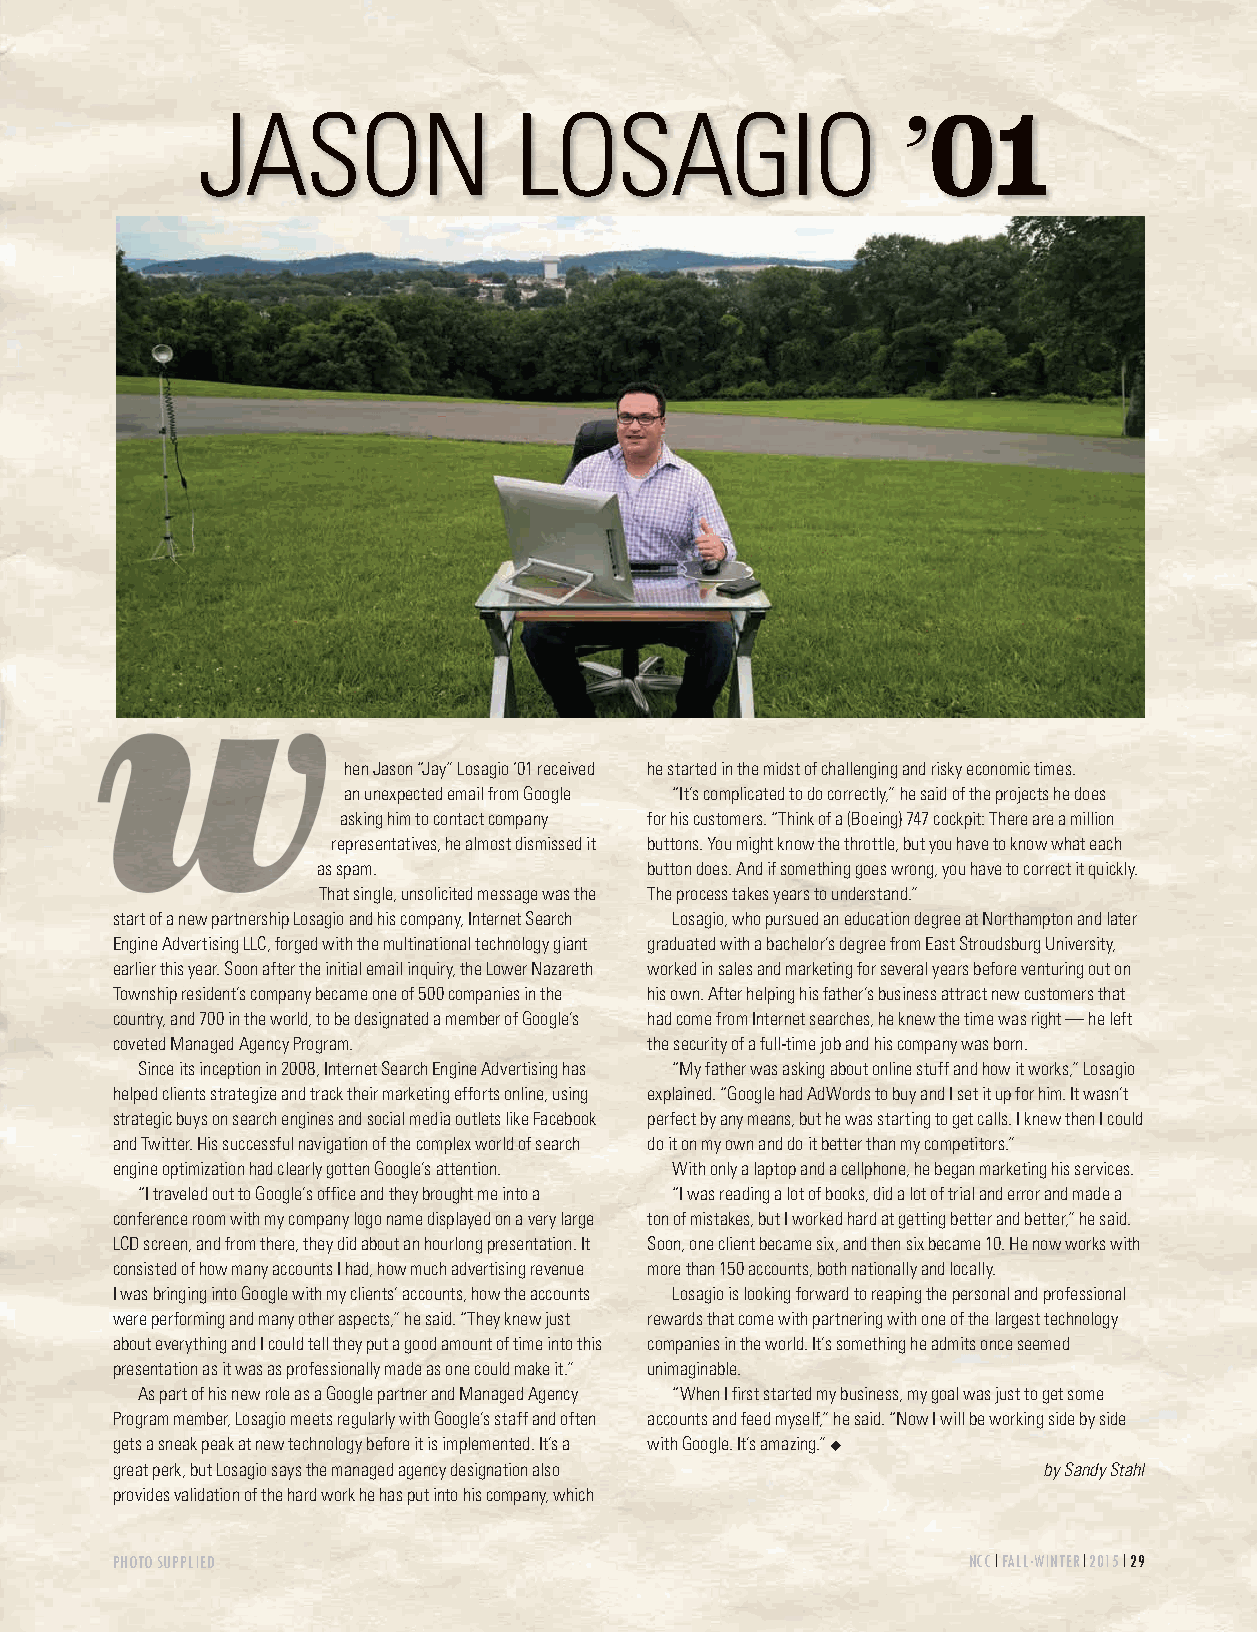
JASON                LOSAGIO
 ’01
 hen Jason “Jay” Losagio ‘01 received he started in the midst of challenging and risky economic times.
 an unexpected email from Google “It’s complicated to do correctly,” he said of the projects he does
 asking him to contact company for his customers. “Think of a (Boeing) 747 cockpit: There are a million
 representatives, he almost dismissed it buttons. You might know the throttle, but you have to know what each
 as spam.              button does. And if something goes wrong, you have to correct it quickly.
 That single, unsolicited message was the The process takes years to understand.”
 start of a new partnership Losagio and his company, Internet Search Losagio, who pursued an education degree at Northampton and later
 Engine Advertising LLC, forged with the multinational technology giant graduated with a bachelor’s degree from East Stroudsburg University,
 earlier this year. Soon after the initial email inquiry, the Lower Nazareth worked in sales and marketing for several years before venturing out on
 Township resident’s company became one of 500 companies in the his own. After helping his father’s business attract new customers that
 country, and 700 in the world, to be designated a member of Google’s had come from Internet searches, he knew the time was right — he left
 coveted Managed Agency Program.    the security of a full-time job and his company was born.
 Since its inception in 2008, Internet Search Engine Advertising has “My father was asking about online stuff and how it works,” Losagio
 helped clients strategize and track their marketing efforts online, using explained. “Google had AdWords to buy and I set it up for him. It wasn’t
 strategic buys on search engines and social media outlets like Facebook perfect by any means, but he was starting to get calls. I knew then I could
 and Twitter. His successful navigation of the complex world of search do it on my own and do it better than my competitors.”
 engine optimization had clearly gotten Google’s attention. With only a laptop and a cellphone, he began marketing his services.
 “I traveled out to Google’s office and they brought me into a “I was reading a lot of books, did a lot of trial and error and made a
 conference room with my company logo name displayed on a very large ton of mistakes, but I worked hard at getting better and better,” he said.
 LCD screen, and from there, they did about an hourlong presentation. It Soon, one client became six, and then six became 10. He now works with
 consisted of how many accounts I had, how much advertising revenue more than 150 accounts, both nationally and locally.
 I was bringing into Google with my clients’ accounts, how the accounts Losagio is looking forward to reaping the personal and professional
 were performing and many other aspects,” he said. “They knew just rewards that come with partnering with one of the largest technology
 about everything and I could tell they put a good amount of time into this companies in the world. It’s something he admits once seemed
 presentation as it was as professionally made as one could make it.” unimaginable.
 As part of his new role as a Google partner and Managed Agency “When I first started my business, my goal was just to get some
 Program member, Losagio meets regularly with Google’s staff and often accounts and feed myself,” he said. “Now I will be working side by side
 gets a sneak peak at new technology before it is implemented. It’s a with Google. It’s amazing.” u
 great perk, but Losagio says the managed agency designation also by Sandy Stahl
 provides validation of the hard work he has put into his company, which
 PHOTO SUPPLIED                                          NCC FALL.WINTER 2015 29